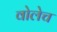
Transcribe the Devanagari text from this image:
वोलेच